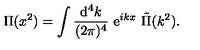
{ \Pi } ( x ^ { 2 } ) = \int { \frac { \mathrm { d } ^ { 4 } k } { ( 2 \pi ) ^ { 4 } } } \ \mathrm { e } ^ { i k x } \ \tilde { \Pi } ( k ^ { 2 } ) .